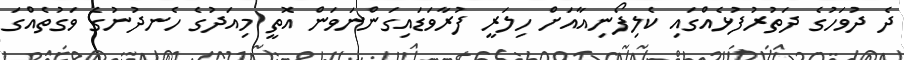
ދެ ދުވަހުގެ ދަތުރުފުޅެއްގައި ކެލިފޯނިއާއަށް ހިލަރީ ފުރާވަޑައިގަންނަވަން އޮތީ މިއަދުގެ ހެނދުނުގެ ވަގުތެއްގަ